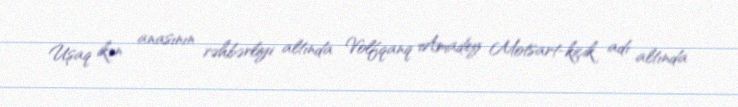
Uşaq ikən anasının rəhbərliyi altında Volfqanq Amadey Motsart-kiçik adı altında